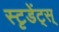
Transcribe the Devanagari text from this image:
स्टृडेंट्स्